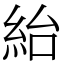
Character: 紿